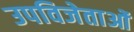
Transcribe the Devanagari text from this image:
उपविजेताओं